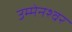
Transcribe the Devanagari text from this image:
उम्मेनश्वर